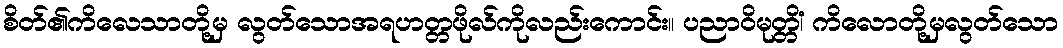
စိတ်၏ကိလေသာတို့မှ လွတ်သောအရဟတ္တဖိုလ်ကိုလည်းကောင်း။ ပညာဝိမုတ္တိံ၊ ကိလောတို့မှလွတ်သော